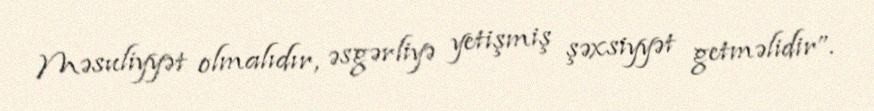
Məsuliyyət olmalıdır, əsgərliyə yetişmiş şəxsiyyət getməlidir”.